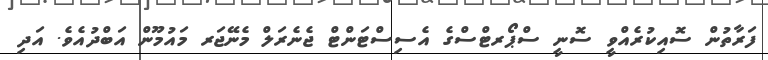
ފަރާތުން ސޮއިކުރެއްވީ ސޮނީ ސްޕޯރޓްސްގެ އެސިސްޓަންޓް ޖެނެރަލް މެނޭޖަރ މައުމޫން އަބްދުއެވެ. އަދި